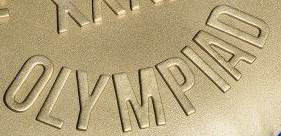
OLYMPIAD